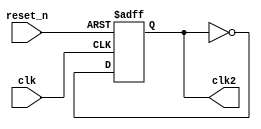
module freq_divide2 (
	input clk, reset_n,
	output reg clk2
);

always@(posedge clk or negedge reset_n) begin
	if (!reset_n) clk2 <= 0;
	else clk2 <= ~clk2;
end

endmodule